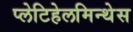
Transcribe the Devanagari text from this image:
प्लेटिहेलमिन्थेस